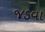
જડવા